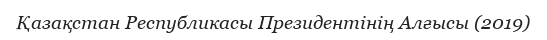
Қазақстан Республикасы Президентінің Алғысы (2019)